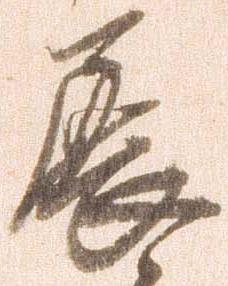
展